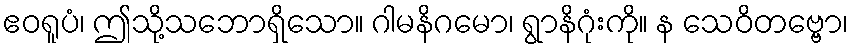
ဧဝရူပံ၊ ဤသို့သဘောရှိသော။ ဂါမနိဂမော၊ ရွာနိဂုံးကို။ န သေဝိတဗ္ဗော၊